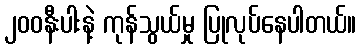
၂၀၀နီးပါးနဲ့ ကုန်သွယ်မှု ပြုလုပ်နေပါတယ်။